Scottish Leaving Certificate Examination, 1953
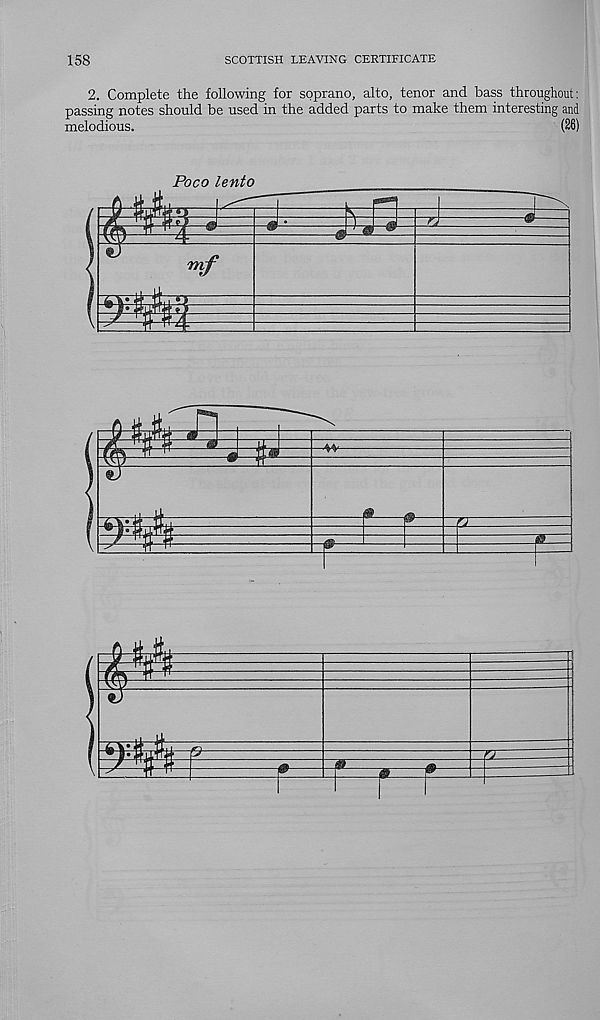
158
SCOTTISH LEAVING CERTIFICATE
2. Complete the following for soprano, alto, tenor and bass throughout:
passing notes should be used in the added parts to make them interesting and
melodious.
(26)
Poco lento